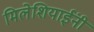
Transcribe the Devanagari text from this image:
मिलेशियाईंनी